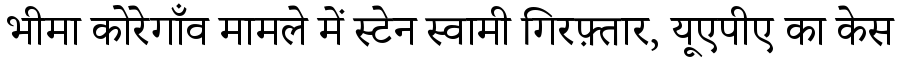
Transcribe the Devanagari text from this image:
भीमा कोरेगाँव मामले में स्टेन स्वामी गिरफ़्तार, यूएपीए का केस